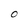
Character: O